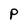
Character: P